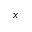
x